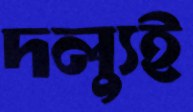
দল্যুই